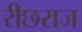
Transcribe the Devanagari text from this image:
रीछराज